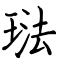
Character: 琺